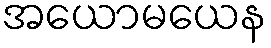
အယောမယေန